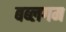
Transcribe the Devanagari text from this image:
बब्लगम